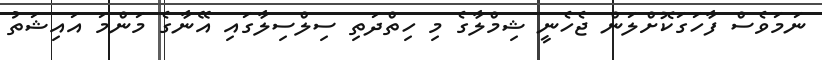
ނަމަވެސް ފާހަގަކޮށްލަން ޖެހެނީ ޝިމްލާގެ މި ހިތްދަތި ސިލްސިލާގައި އޭނާގެ މަންމަ އައިޝަތު